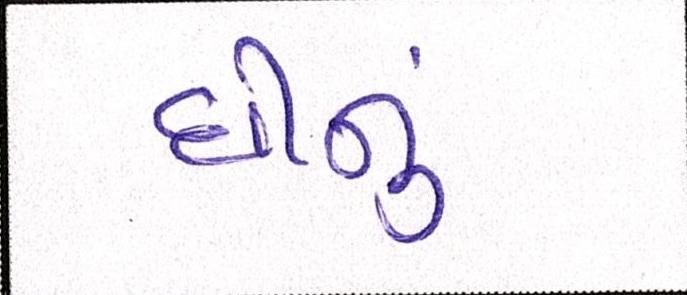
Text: ઘીનું